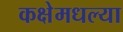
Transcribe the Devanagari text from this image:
कक्षेमधल्या